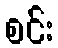
စင်း